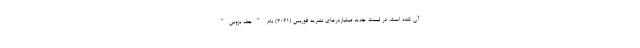
آن شده است. در لیست جدید میلیاردرهای نشریه فوربس (2021) نام "جف بزوس"